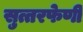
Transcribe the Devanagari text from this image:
सुत्तरफेणी